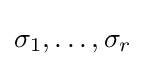
\sigma _{1},\ldots ,\sigma _{r}